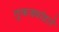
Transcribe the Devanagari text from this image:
तुकड्यांद्वारे